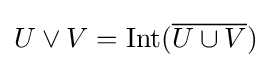
U\vee V=\operatorname {Int} ({\overline {U\cup V}})